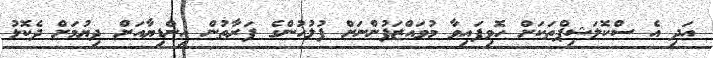
އަދި އެ ސްކޮލަޝިޕްތަކަށް ހޮވިފައިވާ މުވައްޒަފުންނަށް ފުލުހުންގެ ފަރާތުން އިންޑިޔާއަށް ދިޔުމަށް ދެކޮޅު